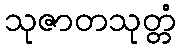
သုဇာတသုတ္တံ